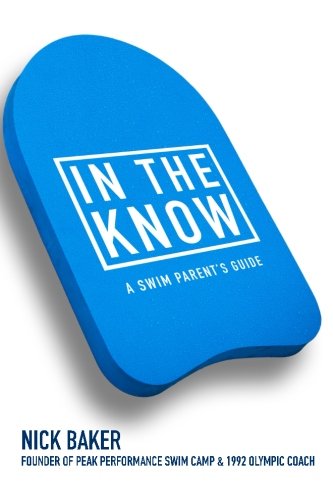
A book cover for In The Know: A Swim Parent's Guide; Nick Baker; Sports & Outdoors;